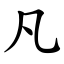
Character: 凡